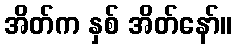
အိတ်က နှစ် အိတ်နော်။